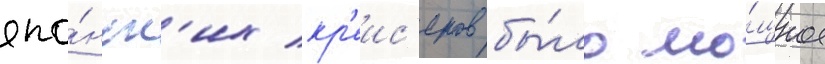
япо́нск'их кр'еис'еров бы́ло мо́щное